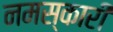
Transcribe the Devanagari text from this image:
नमस्कारी